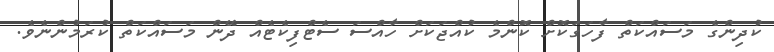
ކުދިންގެ މަސައްކަތް ފާހަގަކޮށް ކޮންމެ ކުއްޖަކަށް ހާއްސަ ސެޓްފިކެޓެއް ދޭން މަސައްކަތް ކުރަމުންނެވެ.